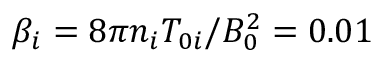
\beta _ { i } = 8 \pi n _ { i } T _ { 0 i } / B _ { 0 } ^ { 2 } = 0 . 0 1